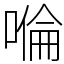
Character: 𠹹